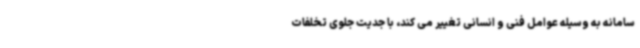
سامانه به وسیله عوامل فنی و انسانی تغییر می کند، با جدیت جلوی تخلفات